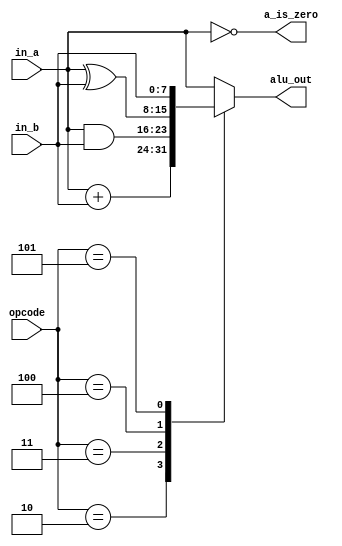
module alu #(parameter integer WIDTH=8)
   (input wire [WIDTH-1:0] in_a, in_b,
    input wire [2:0] 	   opcode,
    output reg [WIDTH-1:0] alu_out,
    output wire		   a_is_zero);

   assign a_is_zero = !in_a;
   
   always @* begin
      case (opcode)
	3'b010: alu_out = in_a + in_b;
	3'b011: alu_out = in_a & in_b;
	3'b100: alu_out = in_a ^ in_b;
	3'b101: alu_out = in_b;	
	default: alu_out = in_a;
      endcase
   end
endmodule // alu